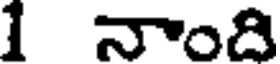
1 నాంది